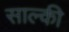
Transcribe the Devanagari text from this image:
साल्की